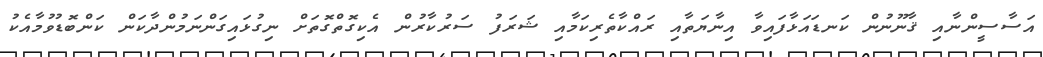
އަސާސީންނާއި ޤާނޫނުން ކަނޑައަޅާފައިވާ އިނާޔަތާއި ރައްކާތެރިކަމާއި ޝަރަފު ސަރުކާރުން އެކިގޮތްގޮތަށް ނިގުޅައިގަންނަމުންދާކަން ކަންބޮޑުވުމާއެކު